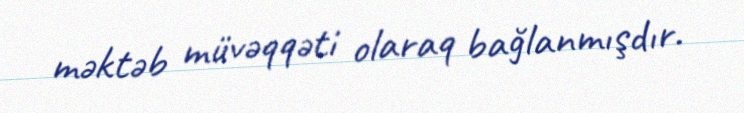
məktəb müvəqqəti olaraq bağlanmışdır.